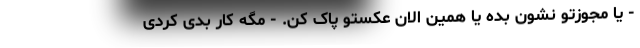
- یا مجوزتو نشون بده یا همین الان عکستو پاک کن. - مگه کار بدی کردی